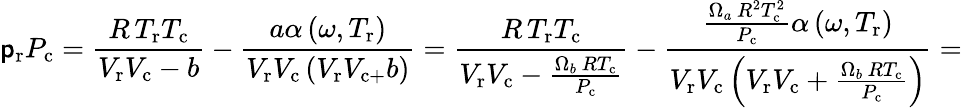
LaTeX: \mathsf{p}_{\mathrm{{r}}}P_{\mathrm{{c}}}={\frac{{R\, T_{\mathrm{{r}}}T_{\mathrm{{c}}}}}{{V_{\mathrm{{r}}}V_{\mathrm{{c}}}-b}}}-{\frac{{a\alpha\left(\omega,T_{\mathrm{{r}}}\right)}}{{V_{\mathrm{{r}}}V_{\mathrm{{c}}}\left(V_{\mathrm{{r}}}V_{\mathrm{{c+}}}b\right)}}}={\frac{{R\, T_{\mathrm{{r}}}T_{\mathrm{{c}}}}}{{V_{\mathrm{{r}}}V_{\mathrm{{c}}}-{\frac{{\Omega_{b}\, RT_{\mathrm{{c}}}}}{{P_{\mathrm{{c}}}}}}}}}-{\frac{{{\frac{{\Omega_{a}\, R^{2}T_{\mathrm{{c}}}^{2}}}{{P_{\mathrm{{c}}}}}}\alpha\left(\omega,T_{\mathrm{{r}}}\right)}}{{V_{\mathrm{{r}}}V_{\mathrm{{c}}}\left(V_{\mathrm{{r}}}V_{\mathrm{{c}}}+{\frac{{\Omega_{b}\, RT_{\mathrm{{c}}}}}{{P_{\mathrm{{c}}}}}}\right)}}}=